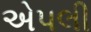
એપલી